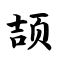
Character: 颉